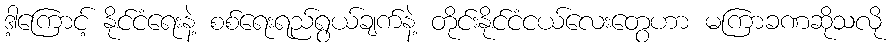
ဒါ့ကြောင့် နိုင်ငံရေးနဲ့ စစ်ရေးရည်ရွယ်ချက်နဲ့ တိုင်းနိုင်ငံငယ်လေးတွေဟာ မကြာခဏဆိုသလို